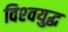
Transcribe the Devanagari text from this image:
विश्‍वयुद्ध